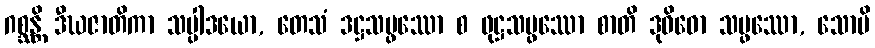
ဂစ္ဆန္တိ ဒီဃဇာတိကာ သပ္ပါဒယော, တေသံ ဒဋ္ဌသမ္ဖဿော စ ဖုဋ္ဌသမ္ဖဿော စာတိ ဒုဝိဓော သမ္ဖဿော, သောပိ